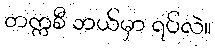
တက္ကစီ ဘယ်မှာ ရပ်လဲ။